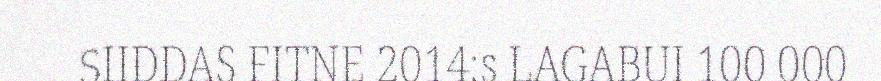
SIIDDAS FITNE 2014:s LAGABUI 100 000